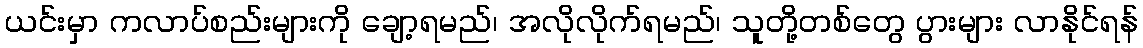
ယင်းမှာ ကလာပ်စည်းများကို ချော့ရမည်၊ အလိုလိုက်ရမည်၊ သူတို့တစ်တွေ ပွားများ လာနိုင်ရန်